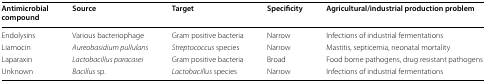
<table><thead><tr><td><b>Antimicrobial compound</b></td><td><b>Source</b></td><td><b>Target</b></td><td><b>Specificity</b></td><td><b>Agricultural/industrial production problem</b></td></tr></thead><tbody><tr><td>Endolysins</td><td>Various bacteriophage</td><td>Gram positive bacteria</td><td>Narrow</td><td>Infections of industrial fermentations</td></tr><tr><td>Liamocin</td><td><i>Aureobasidium pullulans</i></td><td><i>Streptococcus</i> species</td><td>Narrow</td><td>Mastitis, septicemia, neonatal mortality</td></tr><tr><td>Laparaxin</td><td><i>Lactobacillus paracasei</i></td><td>Gram positive bacteria</td><td>Broad</td><td>Food borne pathogens, drug resistant pathogens</td></tr><tr><td>Unknown</td><td><i>Bacillus</i> sp.</td><td><i>Lactobacillus</i> species</td><td>Narrow</td><td>Infections of industrial fermentations</td></tr></tbody></table>